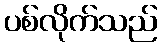
ပစ်လိုက်သည်